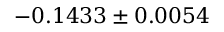
- 0 . 1 4 3 3 \pm 0 . 0 0 5 4